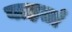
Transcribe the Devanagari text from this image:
वाहतां